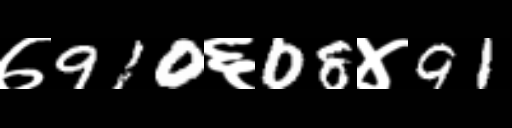
Text: ७910६08४91